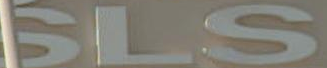
SLS